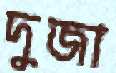
দুজা